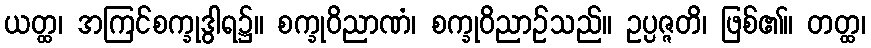
ယတ္ထ၊ အကြင်စက္ခုဒွါရ၌။ စက္ခုဝိညာဏံ၊ စက္ခုဝိညာဉ်သည်။ ဥပ္ပဇ္ဇတိ၊ ဖြစ်၏။ တတ္ထ၊